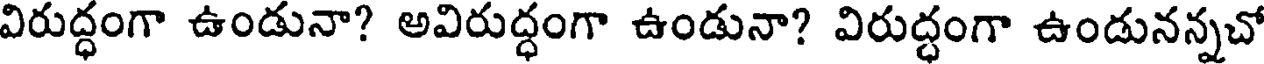
విరుద్ధంగా ఉండునా? అవిరుద్ధంగా ఉండునా? విరుద్ధంగా ఉండునన్నచో